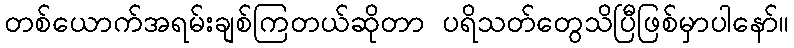
တစ်ယောက်အရမ်းချစ်ကြတယ်ဆိုတာ ပရိသတ်တွေသိပြီဖြစ်မှာပါနော်။